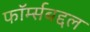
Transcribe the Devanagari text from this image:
फॉर्म्सबद्दल